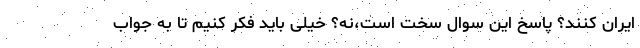
ایران کنند؟ پاسخ این سوال سخت است،نه؟ خیلی باید فکر کنیم تا به جواب